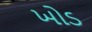
ખોડ